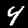
Digit: 4